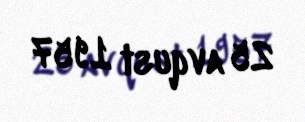
25 avqust 1957